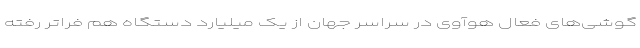
گوشی‌های فعال هوآوی در سراسر جهان از یک میلیارد دستگاه هم فراتر رفته